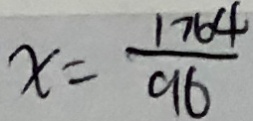
x = \frac { 1 7 6 4 } { 9 6 }